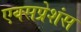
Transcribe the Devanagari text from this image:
एक्सप्रेशंस